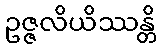
ဥဇ္ဇလိယိဿန္တိ